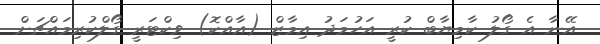
އޭނާ އެ ގޯލު ކާމިޔާބް ކުރީ އަހުމަދު އިމާޒް (އާއްކޮ) ވިކްޓަރީ ގޯލްކުރިމައްޗަށް